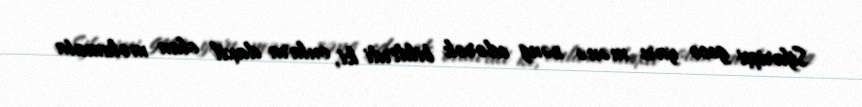
Sifarişçi gecə yarı mənə zəng edərək bildirdi ki, onlara daxil olan məlumata